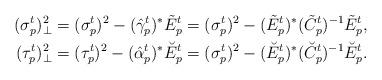
LaTeX: \begin{align*}(\sigma_p^t)_{\perp}^2 &= (\sigma_p^t)^2-(\hat{\gamma}_p^t)^*\tilde{E}_p^t=(\sigma_p^t)^2-(\tilde{E}_p^t)^*(\tilde{C}_p^t)^{-1}\tilde{E}_p^t,\\(\tau_p^t)_{\perp}^2 &= (\tau_p^t)^2-(\hat{\alpha}_p^t)^*\breve{E}_p^t=(\sigma_p^t)^2-(\breve{E}_p^t)^*(\breve{C}_p^t)^{-1}\breve{E}_p^t.\end{align*}